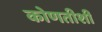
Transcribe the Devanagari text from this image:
कोणतीशी